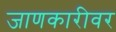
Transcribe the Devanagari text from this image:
जाणकारीवर